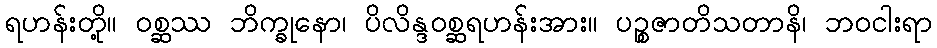
ရဟန်းတို့။ ဝစ္ဆဿ ဘိက္ခုနော၊ ပိလိန္ဒဝစ္ဆရဟန်းအား။ ပဉ္စဇာတိသတာနိ၊ ဘဝငါးရာ